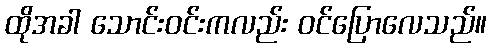
ထိုအခါ သောင်းဝင်းကလည်း ဝင်ပြောလေသည်။